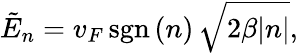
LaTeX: \tilde{E}_{n}=v_{F}\, \mathrm{sgn}\, (n)\, \sqrt{2\beta|n|},